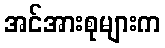
အင်အားစုများက